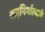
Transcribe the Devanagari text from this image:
सहनिर्मात्याने